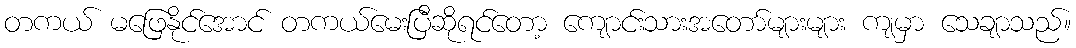
တကယ် မဖြေနိုင်အောင် တကယ်မေးပြီဆိုရင်တော့ ကျောင်းသားအတော်များများ ကျမှာ သေချာသည်။